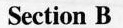
Section B